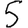
Digit: 5